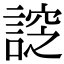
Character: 𧩰